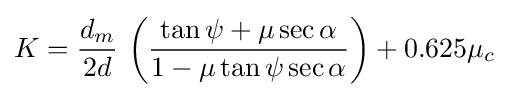
K={\frac {d_{m}}{2d}}\,\left({\frac {\tan \psi +\mu \sec \alpha }{1-\mu \tan \psi \sec \alpha }}\right)+0.625\mu _{c}